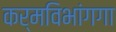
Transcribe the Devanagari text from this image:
कर्मविभांगगा